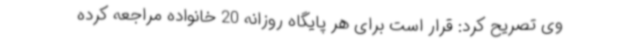
وی تصریح کرد: قرار است برای هر پایگاه روزانه 20 خانواده مراجعه کرده